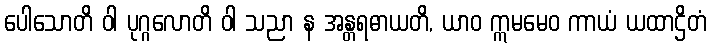
ပေါသောတိ ဝါ ပုဂ္ဂလောတိ ဝါ သညာ န အန္တရဓာယတိ, ယာဝ ဣမမေဝ ကာယံ ယထာဌိတံ